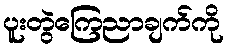
ပူးတွဲကြေညာချက်ကို